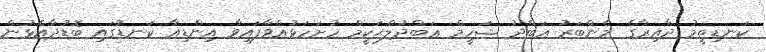
ކަނޑިތީމު ދާއިރާގެ މެންބަރު ޢަބްދު ޝަހީމް ޢަބްދުލްޙަކީމް ހުށަހަޅުއްވާފައިވާ އިންޑިއާ ކަނޑުގައި ބޮޑުދާއެޅުން